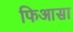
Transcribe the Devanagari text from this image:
फिआसा